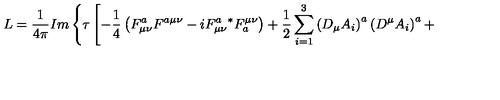
L = \frac { 1 } { 4 \pi } I m \left\{ \tau \left[ - \frac { 1 } { 4 } \left( F _ { \mu \nu } ^ { a } F ^ { a \mu \nu } - i F _ { \mu \nu } ^ { a } { } ^ { * } F _ { a } ^ { \mu \nu } \right) + \frac { 1 } { 2 } \sum _ { i = 1 } ^ { 3 } \left( D _ { \mu } A _ { i } \right) ^ { a } \left( D ^ { \mu } A _ { i } \right) ^ { a } + \right. \right.